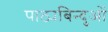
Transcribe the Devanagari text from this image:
पाठ्यबिन्दुओं